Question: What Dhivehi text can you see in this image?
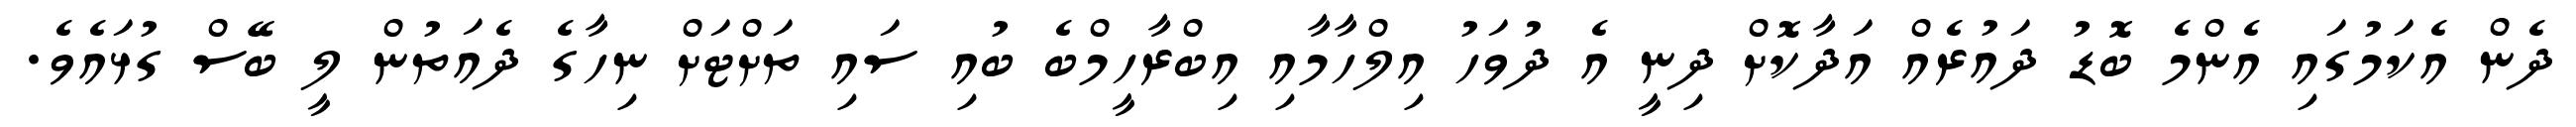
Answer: ދެން އެކަމުގައި އެންމެ ބޮޑު ދައުރެއް އަދާކޮށް ދިނީ އެ ދުވަހު އިލްހާމާއި އިބްރާހީމްބެ ބުއި ސައި ތަށްޓަށް ނިހާގެ ދެއަތުން ލީ ބޭސް ގުޅައެވެ.